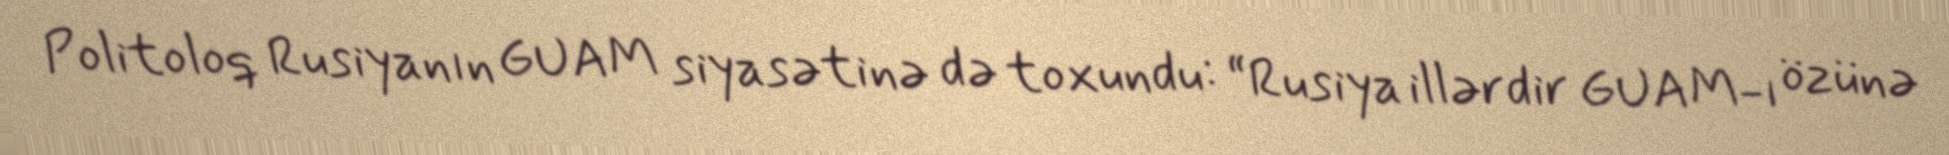
Politoloq Rusiyanın GUAM siyasətinə də toxundu: “Rusiya illərdir GUAM-ı özünə